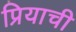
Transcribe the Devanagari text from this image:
प्रियाची